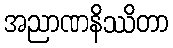
အညာဏနိဿိတာ